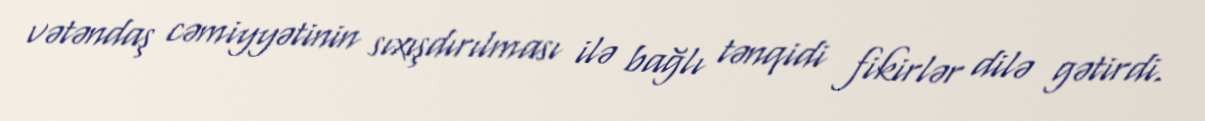
vətəndaş cəmiyyətinin sıxışdırılması ilə bağlı tənqidi fikirlər dilə gətirdi.